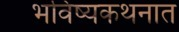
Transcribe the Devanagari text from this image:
भविष्यकथनात